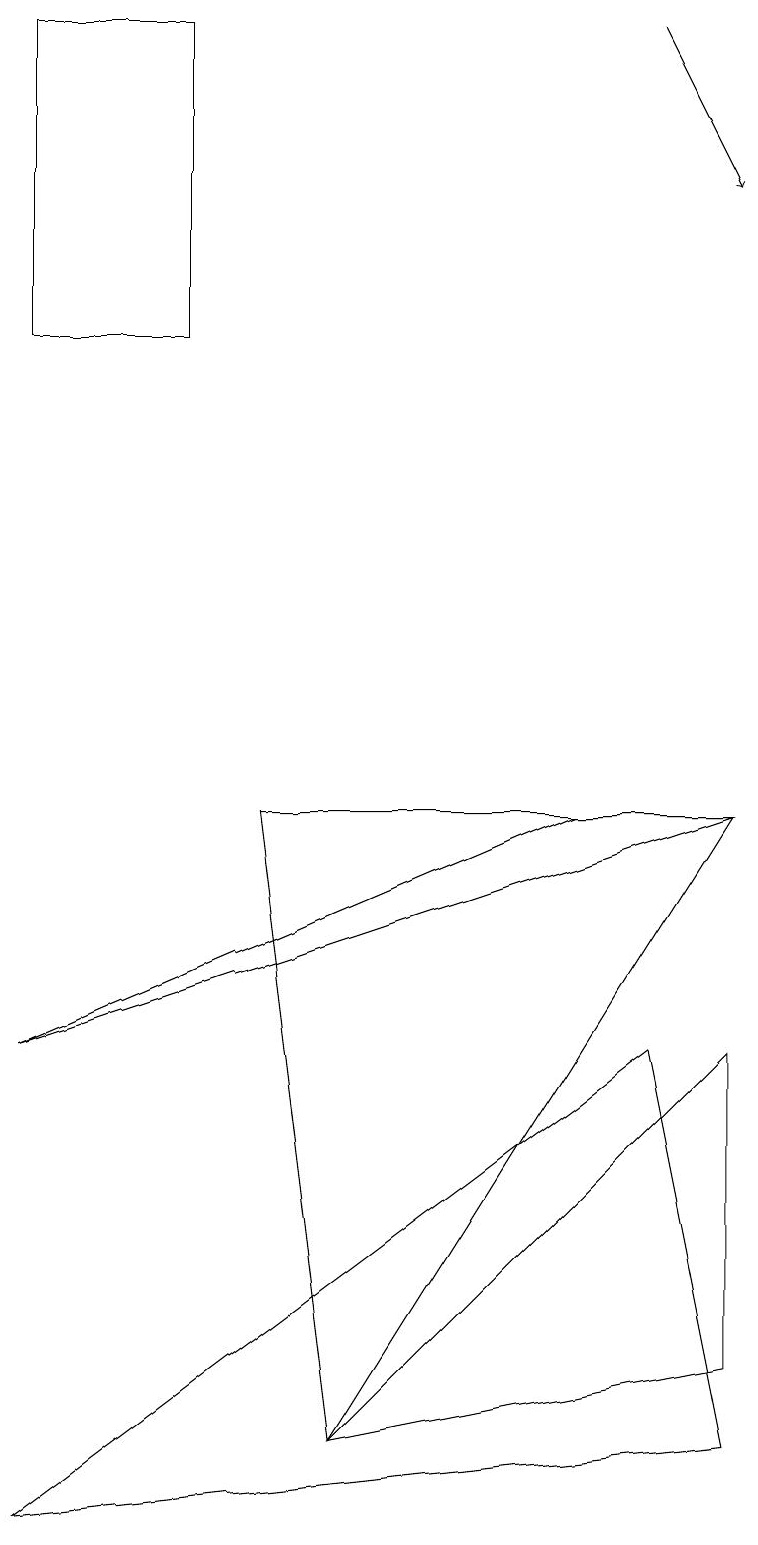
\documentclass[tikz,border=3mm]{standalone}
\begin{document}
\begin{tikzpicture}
\draw (9,6) -- (4,1) -- (9,2) -- cycle;
\draw (9,9) -- (0,6) -- (7,9) -- cycle;
\draw (8,6) -- (0,0) -- (9,1) -- cycle;
\draw[->] (8,19) -- (9,17);
\draw (0,19) rectangle (2,15);
\draw (9,9) -- (4,1) -- (3,9) -- cycle;
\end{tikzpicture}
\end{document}